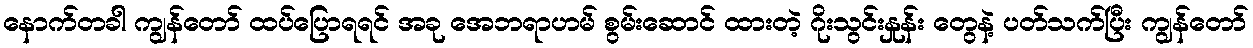
နောက်တခါ ကျွန်တော် ထပ်ပြောရရင် အခု အေဘရာဟမ် စွမ်းဆောင် ထားတဲ့ ဂိုးသွင်းနှုန်း တွေနဲ့ ပတ်သက်ပြီး ကျွန်တော်